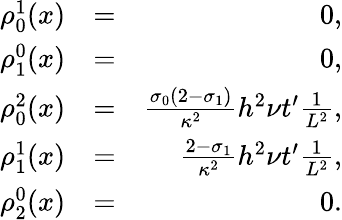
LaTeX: \begin{array}{rlr}{\rho_{0}^{1}(x)}&{=}&{0,}\\ {\rho_{1}^{0}(x)}&{=}&{0,}\\ {\rho_{0}^{2}(x)}&{=}&{\frac{\sigma_{0}(2-\sigma_{1})}{\kappa^{2}}h^{2}\nu t^{\prime}\frac{1}{L^{2}},}\\ {\rho_{1}^{1}(x)}&{=}&{\frac{2-\sigma_{1}}{\kappa^{2}}h^{2}\nu t^{\prime}\frac{1}{L^{2}},}\\ {\rho_{2}^{0}(x)}&{=}&{0.}\end{array}